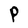
Character: P